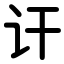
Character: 讦